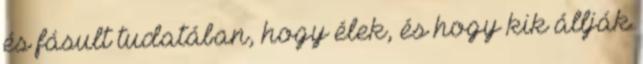
és fásult tudatában, hogy élek, és hogy kik állják